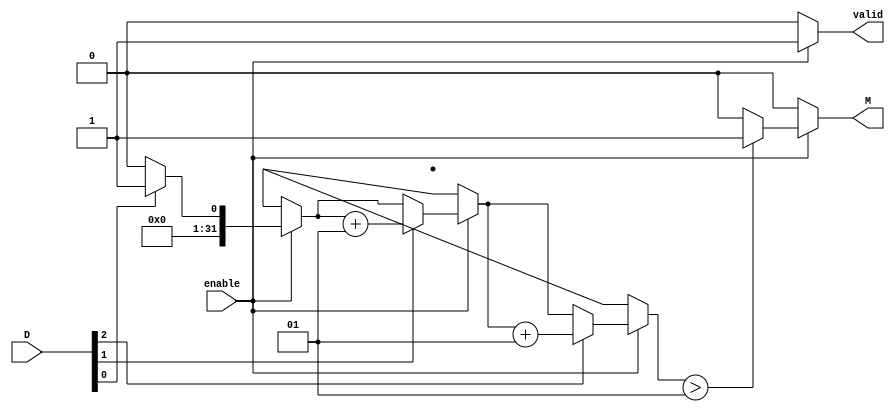
module MajorityVotingDetector #(parameter N = 3) (
    input wire [N-1:0] D,      // Data inputs
    input wire enable,          // Enable signal
    output reg M,               // Majority output
    output reg valid            // Status output
);

    integer count_1;            // Counter for number of 1's
    integer count_0;            // Counter for number of 0's
    integer i;

    always @(*) begin
        // Initialize counts
        count_1 = 0;
        count_0 = 0;

        // Count the number of 1's and 0's
        if (enable) begin
            for (i = 0; i < N; i = i + 1) begin
                if (D[i] == 1'b1) begin
                    count_1 = count_1 + 1;
                end else begin
                    count_0 = count_0 + 1;
                end
            end
            
            // Determine majority output
            if (count_1 > (N / 2)) begin
                M = 1'b1; // Majority is 1
                valid = 1'b1; // Valid output
            end else begin
                M = 1'b0; // Majority is 0
                valid = 1'b1; // Valid output
            end
        end else begin
            // If not enabled, output is invalid
            M = 1'b0; // Default value
            valid = 1'b0; // Invalid output
        end
    end
endmodule